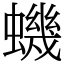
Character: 蟣